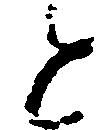
と